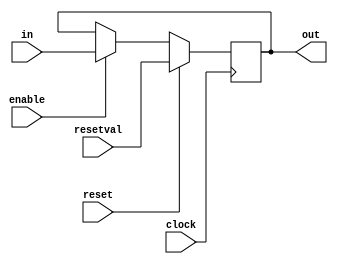
// Clocked register with enable signal and synchronous reset
 module clkreg(out, in, enable, reset, resetval, clock);
 parameter width = 8;
 output [width-1:0] out;
 reg [width-1:0] out;
 input [width-1:0] in;
 input enable;
 input reset;
 input [width-1:0] resetval;
 input clock;

 always @(posedge clock) begin
    if (reset)
        out <= resetval;
    else if (enable)
        out <= in;
    end
 endmodule



 // Register file
 module regfile(dstE, valE, dstM, valM, srcA, valA, srcB, valB, reset, clock,
 rax, rcx, rdx, rbx, rsp, rbp, rsi, rdi,
 r8, r9, r10, r11, r12, r13, r14);
 input reset; 
 input clock;
 input [ 3:0] dstE;
 input [63:0] valE;
 input [ 3:0] dstM;
 input [63:0] valM;
 input [ 3:0] srcA;
 input [ 3:0] srcB;
 output [63:0] valA;
 output [63:0] valB;
 output [63:0] rax, rcx, rdx, rbx, rsp, rbp, rsi, rdi,r8, r9, r10, r11, r12, r13, r14;


parameter RRAX = 4'h0;
parameter RRCX = 4'h1;
parameter RRDX = 4'h2;
parameter RRBX = 4'h3;
parameter RRSP = 4'h4;
parameter RRBP = 4'h5;
parameter RRSI = 4'h6;
parameter RRDI = 4'h7;
parameter R8 = 4'h8;
parameter R9 = 4'h9;
parameter R10 = 4'ha;
parameter R11 = 4'hb;
parameter R12 = 4'hc;
parameter R13 = 4'hd;
parameter R14 = 4'he;
parameter RRNONE = 4'hf;

 // Input data for each register
 wire [63:0] rax_dat, rcx_dat, rdx_dat, rbx_dat,rsp_dat, rbp_dat, rsi_dat, rdi_dat,r8_dat, r9_dat, r10_dat, r11_dat,r12_dat, r13_dat, r14_dat;

 // Input write controls for each register
 wire rax_wrt, rcx_wrt, rdx_wrt, rbx_wrt,rsp_wrt, rbp_wrt, rsi_wrt, rdi_wrt,r8_wrt, r9_wrt, r10_wrt, r11_wrt,r12_wrt, r13_wrt, r14_wrt;


 // Implement with clocked registers
 reg temp = 1'b0;
 clkreg #(64) rax_reg(rax, rax_dat, rax_wrt, temp, 64'b0, clock);
 clkreg #(64) rcx_reg(rcx, rcx_dat, rcx_wrt, temp, 64'b0, clock);
 clkreg #(64) rdx_reg(rdx, rdx_dat, rdx_wrt, temp, 64'b0, clock);
 clkreg #(64) rbx_reg(rbx, rbx_dat, rbx_wrt, temp, 64'b0, clock);
 clkreg #(64) rsp_reg(rsp, rsp_dat, rsp_wrt, temp, 64'b0, clock);
 clkreg #(64) rbp_reg(rbp, rbp_dat, rbp_wrt, temp, 64'b0, clock);
 clkreg #(64) rsi_reg(rsi, rsi_dat, rsi_wrt, temp, 64'b0, clock);
 clkreg #(64) rdi_reg(rdi, rdi_dat, rdi_wrt, temp, 64'b0, clock);
 clkreg #(64) r8_reg(r8, r8_dat, r8_wrt, temp, 64'b0, clock);
 clkreg #(64) r9_reg(r9, r9_dat, r9_wrt, temp, 64'b0, clock);
 clkreg #(64) r10_reg(r10, r10_dat, r10_wrt, temp, 64'b0, clock);
 clkreg #(64) r11_reg(r11, r11_dat, r11_wrt, temp, 64'b0, clock);
 clkreg #(64) r12_reg(r12, r12_dat, r12_wrt, temp, 64'b0, clock);
 clkreg #(64) r13_reg(r13, r13_dat, r13_wrt, temp, 64'b0, clock);
 clkreg #(64) r14_reg(r14, r14_dat, r14_wrt, temp, 64'b0, clock);

 
 assign valA =
 srcA == RRAX ? rax :
 srcA == RRCX ? rcx :
 srcA == RRDX ? rdx :
 srcA == RRBX ? rbx :
 srcA == RRSP ? rsp :
 srcA == RRBP ? rbp :
 srcA == RRSI ? rsi :
 srcA == RRDI ? rdi :
 srcA == R8 ? r8 :
 srcA == R9 ? r9 :
 srcA == R10 ? r10 :
 srcA == R11 ? r11 :
 srcA == R12 ? r12 :
 srcA == R13 ? r13 :
 srcA == R14 ? r14 :
 0;

 assign valB =
 srcB == RRAX ? rax :
 srcB == RRCX ? rcx :
 srcB == RRDX ? rdx :
 srcB == RRBX ? rbx :

 srcB == RRSP ? rsp :
 srcB == RRBP ? rbp :
 srcB == RRSI ? rsi :
 srcB == RRDI ? rdi :
 srcB == R8 ? r8 :
 srcB == R9 ? r9 :
 srcB == R10 ? r10 :
 srcB == R11 ? r11 :
 srcB == R12 ? r12 :
 srcB == R13 ? r13 :
 srcB == R14 ? r14 :
 0;

 assign rax_dat = dstM == RRAX ? valM : valE;
 assign rcx_dat = dstM == RRCX ? valM : valE;
 assign rdx_dat = dstM == RRDX ? valM : valE;
 assign rbx_dat = dstM == RRBX ? valM : valE;
 assign rsp_dat = dstM == RRSP ? valM : valE;
 assign rbp_dat = dstM == RRBP ? valM : valE;
 assign rsi_dat = dstM == RRSI ? valM : valE;
 assign rdi_dat = dstM == RRDI ? valM : valE;
 assign r8_dat = dstM == R8 ? valM : valE;
 assign r9_dat = dstM == R9 ? valM : valE;
 assign r10_dat = dstM == R10 ? valM : valE;
 assign r11_dat = dstM == R11 ? valM : valE;
 assign r12_dat = dstM == R12 ? valM : valE;
 assign r13_dat = dstM == R13 ? valM : valE;
 assign r14_dat = dstM == R14 ? valM : valE;

 assign rax_wrt = dstM == RRAX | dstE == RRAX;
 assign rcx_wrt = dstM == RRCX | dstE == RRCX;
 assign rdx_wrt = dstM == RRDX | dstE == RRDX;
 assign rbx_wrt = dstM == RRBX | dstE == RRBX;
 assign rsp_wrt = dstM == RRSP | dstE == RRSP;
 assign rbp_wrt = dstM == RRBP | dstE == RRBP;
 assign rsi_wrt = dstM == RRSI | dstE == RRSI;
 assign rdi_wrt = dstM == RRDI | dstE == RRDI;
 assign r8_wrt = dstM == R8 | dstE == R8;
 assign r9_wrt = dstM == R9 | dstE == R9;
 assign r10_wrt = dstM == R10 | dstE == R10;
 assign r11_wrt = dstM == R11 | dstE == R11;
 assign r12_wrt = dstM == R12 | dstE == R12;
 assign r13_wrt = dstM == R13 | dstE == R13;
 assign r14_wrt = dstM == R14 | dstE == R14;


 endmodule